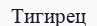
Тигирец